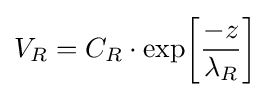
V_{R}=C_{R}\cdot \exp \!\left[{-z \over \lambda _{R}}\right]